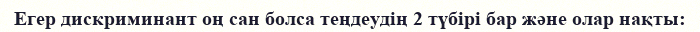
Егер дискриминант оң сан болса теңдеудің 2 түбірі бар және олар нақты: